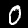
Label: 0